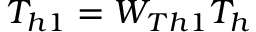
T _ { h 1 } = W _ { T h 1 } T _ { h }